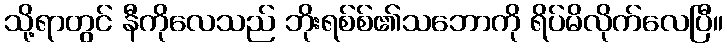
သို့ရာတွင် နီကိုလေသည် ဘိုးရစ်စ်၏သဘောကို ရိပ်မိလိုက်လေပြီ။